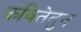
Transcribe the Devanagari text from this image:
कवितेतुन